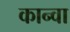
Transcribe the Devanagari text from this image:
कान्वा